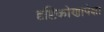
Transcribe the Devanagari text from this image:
दृष्टिकोणापेक्षा